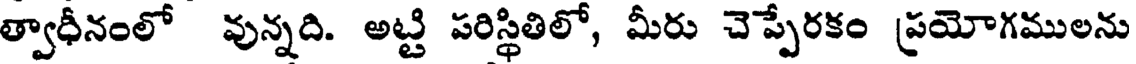
త్వాధీనంలో వున్నది. అట్టి పరిస్థితిలో, మీరు చెప్పేరకం ప్రయోగములను